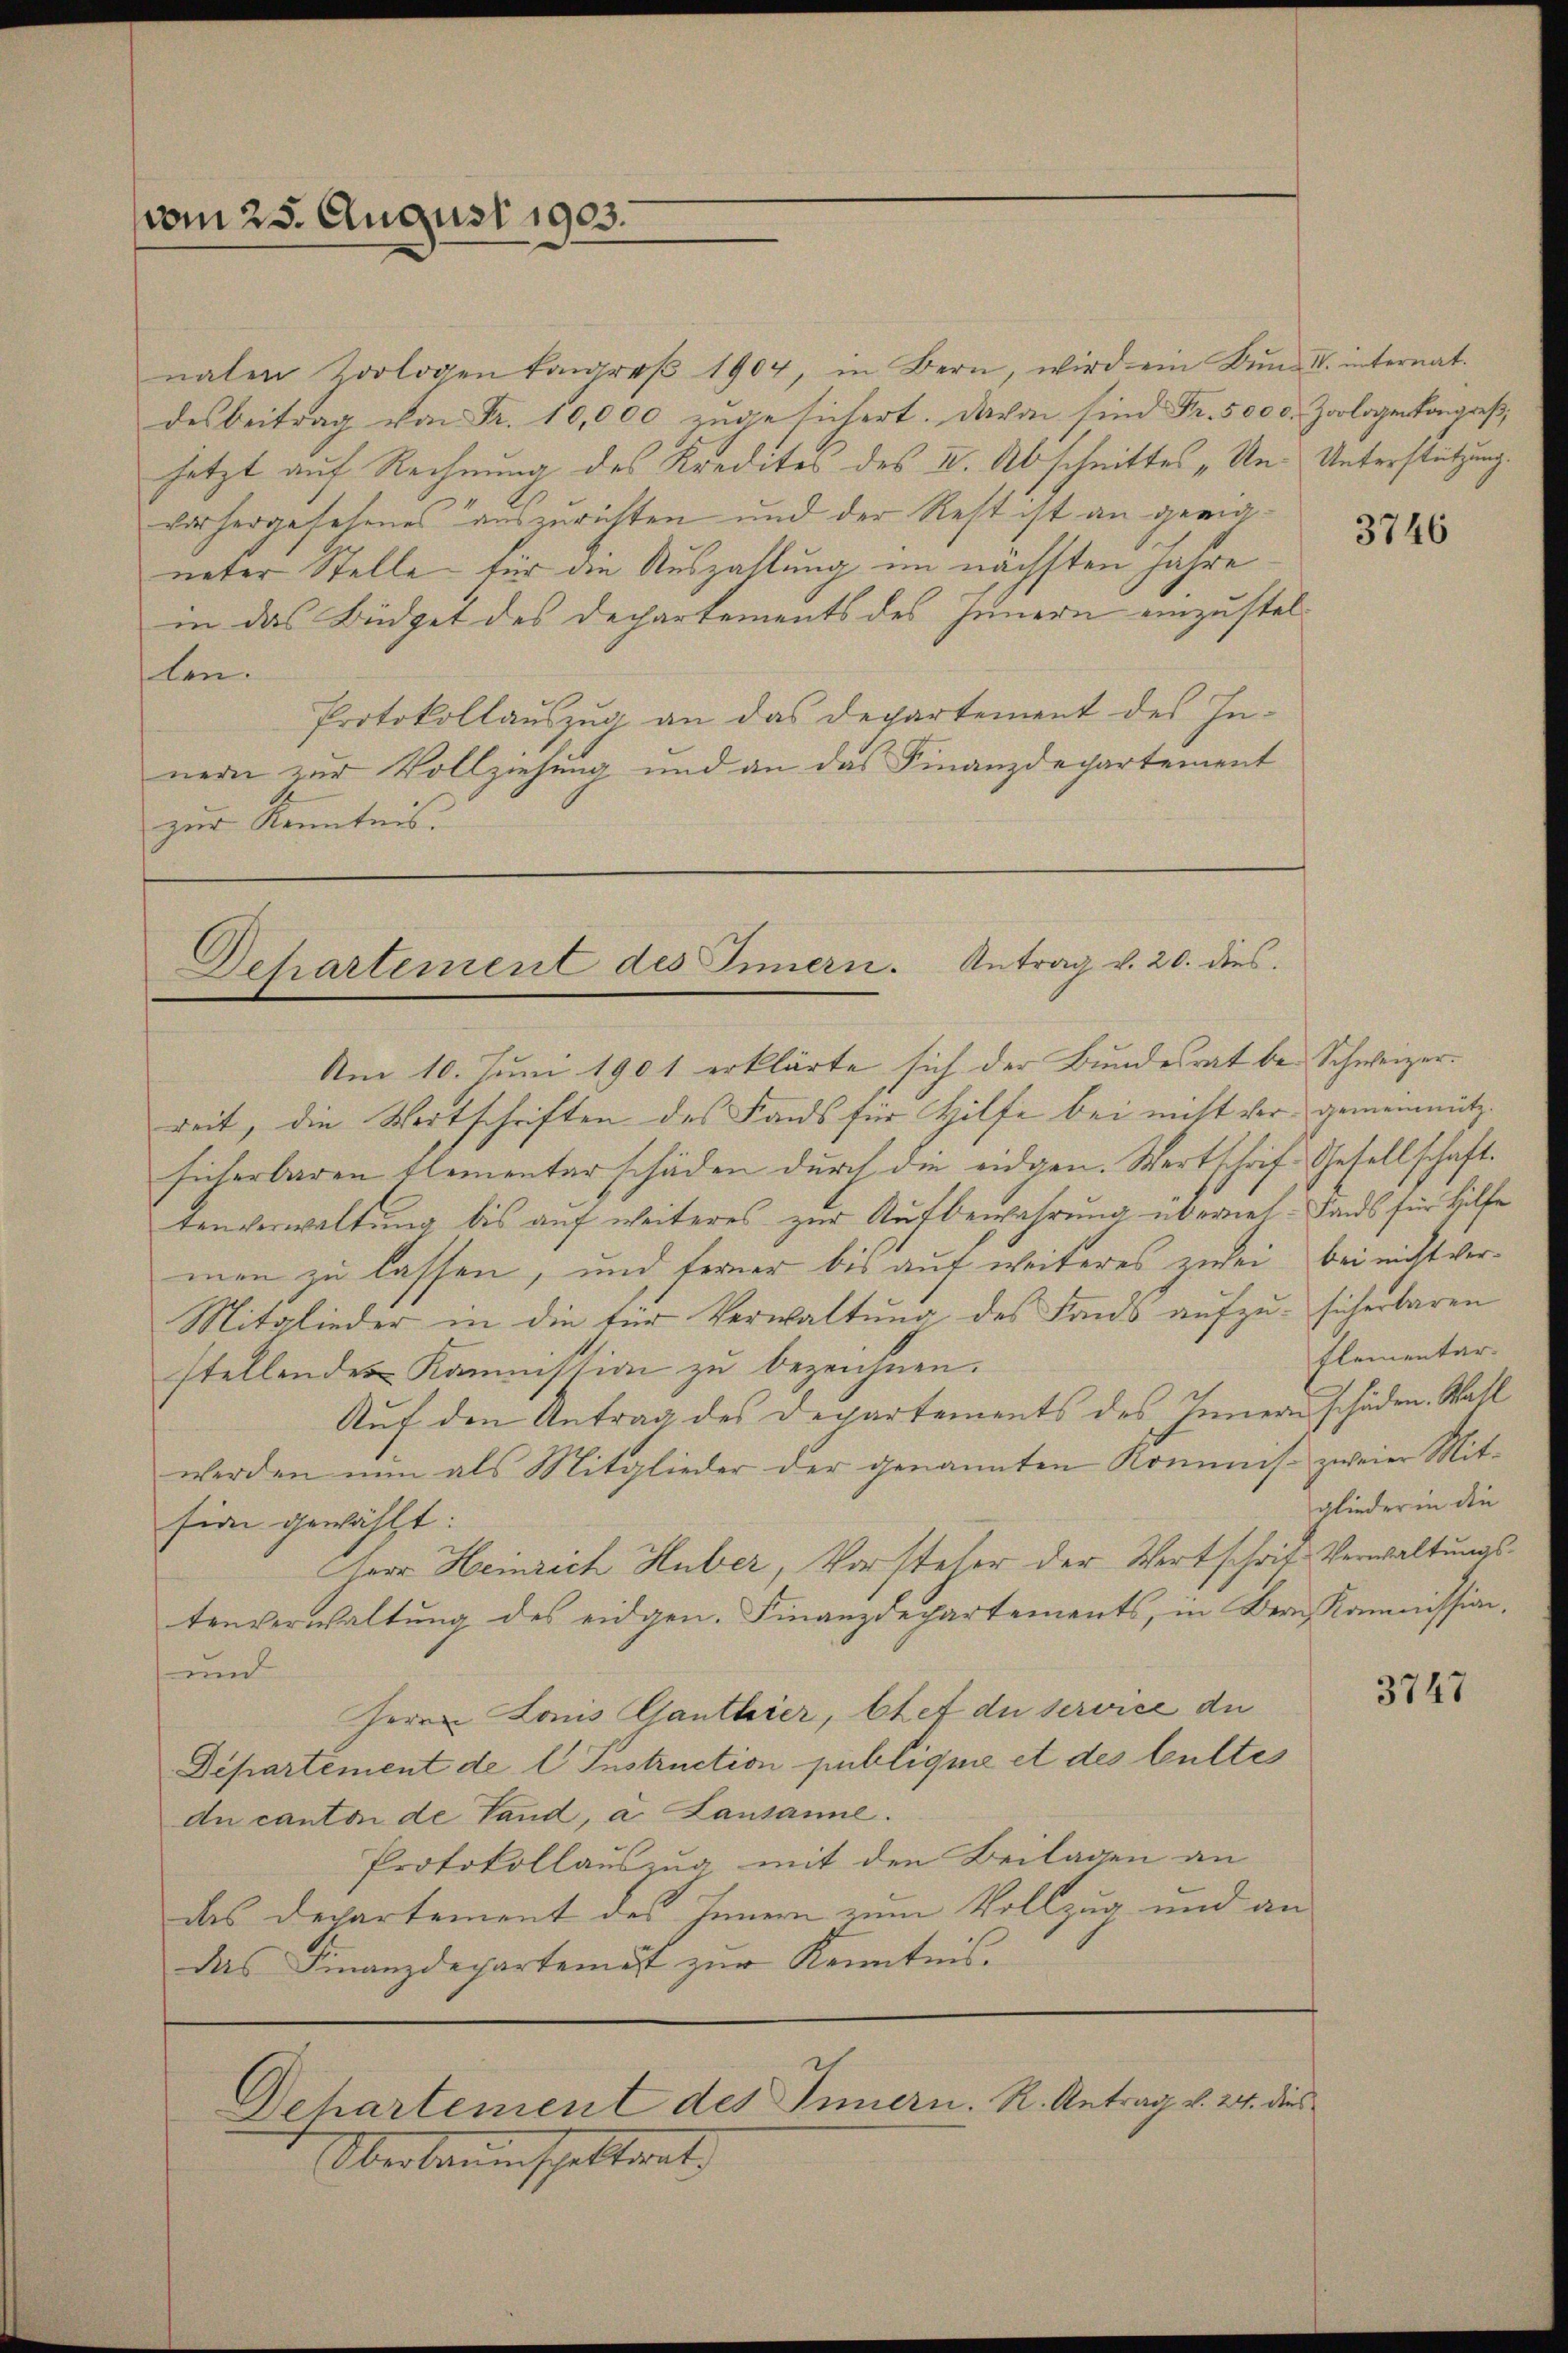
vom 25. August 1903.

naten Zoologen kongroβ 1904, in Bern, wird ein Bŭnd II. internat.
desbeitrag von Fr. 10,000 zugesichert. Davon sind Fr. 500 d. Zoologenkongreß,
setzt auf Rechnung des Kredites des II. Abschnittes „Un- Unterstützung.
vorhergesehenes auszurichten und der Rest ist an geeigneter Stelle für an Auszahlung im nächsten Jahre
in das Büdget des Dechartements des Innern einzustellen.
Protokollauszug an das Departement des Innern zur Vollziehung und an das Finanzdepartement
zur Kenntnis.

Dehartement des Innern. Antrag v. 20. dies
Am 10. Juni 1901 erklärte sich der Bundesrat bei Schweizer¬

Departement des Innern. R. Antrag v. 24. dies

reit, die Wortschriften des Lands für Hilfe bei nicht vor gemeinnützsicherbaren Elementarschäden durch die eidgen. Wertschrift Gesellschaft.
tenverwaltung bis auf weiteres zur Aufbewahrung überneh- Lands für Hilfe
men zu lassen, und ferner bis auf weiteres zwei bei nicht ver¬
Mitglieder in die für Verwaltung des Fonds aufzu- sicherbaren
stellendes Kommission zu bezeichnen.
Auf den Antrag des Departements des Innern schäden. Wahl
werden nun als Mitglieder der genannten Kommis- zweier Mitsion gewählt:
Herr Heinrich Huber, Vorsteher der Wertschrift Verwaltungstenverwaltung des eidgen. Finanzdepartements, in Bern Kommission,
und
Herrn Lonis Ganthier, Chef du service du
Departement de l Instruction publique et des bulte
du canton de Land, a. Lausanne.
Protokollauszug mit den Beilagen an
des Departement des Innern zum Vollzug und an
das Finanzdepartemest zur Kenntnis.

Oberbauenspettant

3746

flementar.
glieder in die

3747